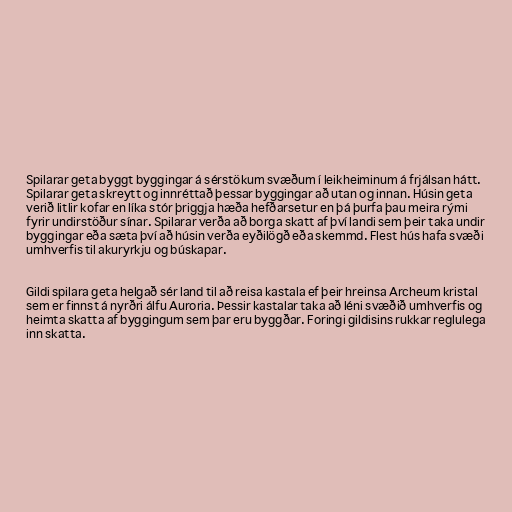
Spilarar geta byggt byggingar á sérstökum svæðum í leikheiminum á frjálsan hátt.
Spilarar geta skreytt og innréttað þessar byggingar að utan og innan. Húsin geta
verið litlir kofar en líka stór þriggja hæða hefðarsetur en þá þurfa þau meira rými
fyrir undirstöður sínar. Spilarar verða að borga skatt af því landi sem þeir taka undir
byggingar eða sæta því að húsin verða eyðilögð eða skemmd. Flest hús hafa svæði
umhverfis til akuryrkju og búskapar.

Gildi spilara geta helgað sér land til að reisa kastala ef þeir hreinsa Archeum kristal
sem er finnst á nyrðri álfu Auroria. Þessir kastalar taka að léni svæðið umhverfis og
heimta skatta af byggingum sem þar eru byggðar. Foringi gildisins rukkar reglulega
inn skatta.